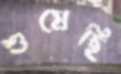
শুষেছি